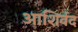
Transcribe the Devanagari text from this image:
आशिर्वद